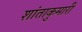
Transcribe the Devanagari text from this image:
शांताकुमारी